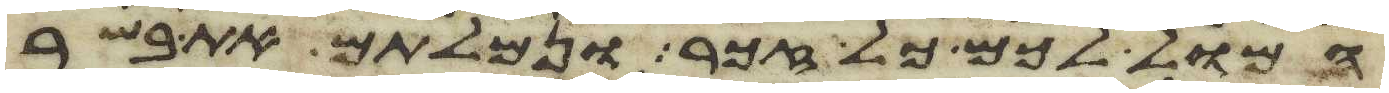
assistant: המול לכם כל זכר ונמלתם את בשר